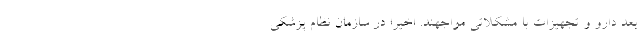
بعد دارو و تجهیزات با مشکلاتی مواجهند. اخیرا در سازمان نظام پزشکی